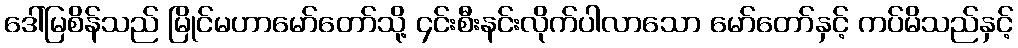
ဒေါ်မြစိန်သည် မြိုင်မဟာမော်တော်သို့ ၄င်းစီးနင်းလိုက်ပါလာသော မော်တော်နှင့် ကပ်မိသည်နှင့်